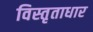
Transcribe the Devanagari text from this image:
विस्तृताधार